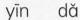
yin dǎ